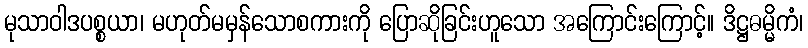
မုသာဝါဒပစ္စယာ၊ မဟုတ်မမှန်သောစကားကို ပြောဆိုခြင်းဟူသော အကြောင်းကြောင့်။ ဒိဋ္ဌဓမ္မိကံ၊